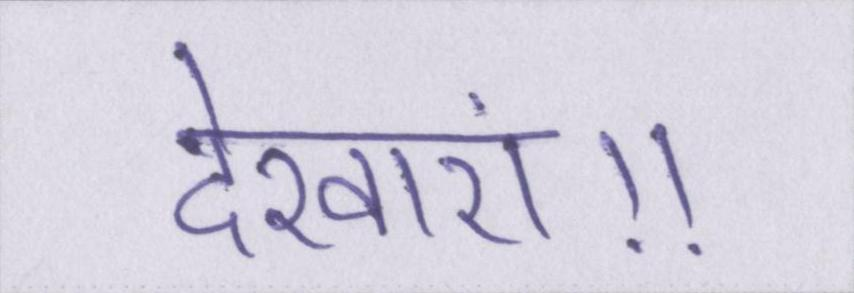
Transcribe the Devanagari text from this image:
देखाएं॥